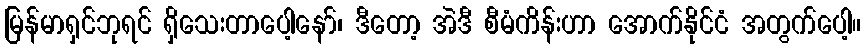
မြန်မာရှင်ဘုရင် ရှိသေးတာပေါ့နော်၊ ဒီတော့ အဲဒီ စီမံကိန်းဟာ အောက်နိုင်ငံ အတွက်ပေါ့။